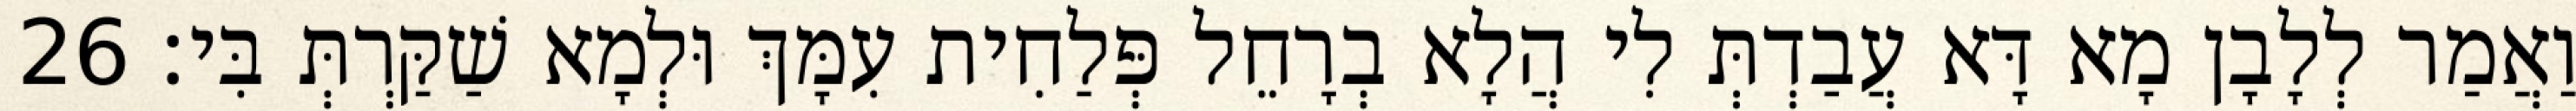
וַאֲמַר לְלָבָן מָא דָּא עֲבַדְתְּ לִי הֲלָא בְרָחֵל פְּלַחִית עִמָּךְ וּלְמָא שַׁקַּרְתְּ בִּי׃ 26